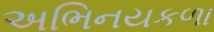
અભિનયકળા